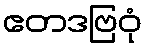
ဧတဒဗြဝုံ